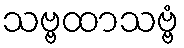
သဗ္ဗထာသဗ္ဗံ